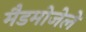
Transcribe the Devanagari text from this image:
मैडमोजेले